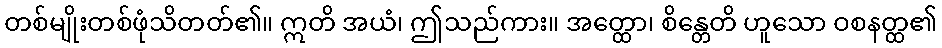
တစ်မျိုးတစ်ဖုံသိတတ်၏။ ဣတိ အယံ၊ ဤသည်ကား။ အတ္ထော၊ စိန္တေတိ ဟူသော ဝစနတ္ထ၏